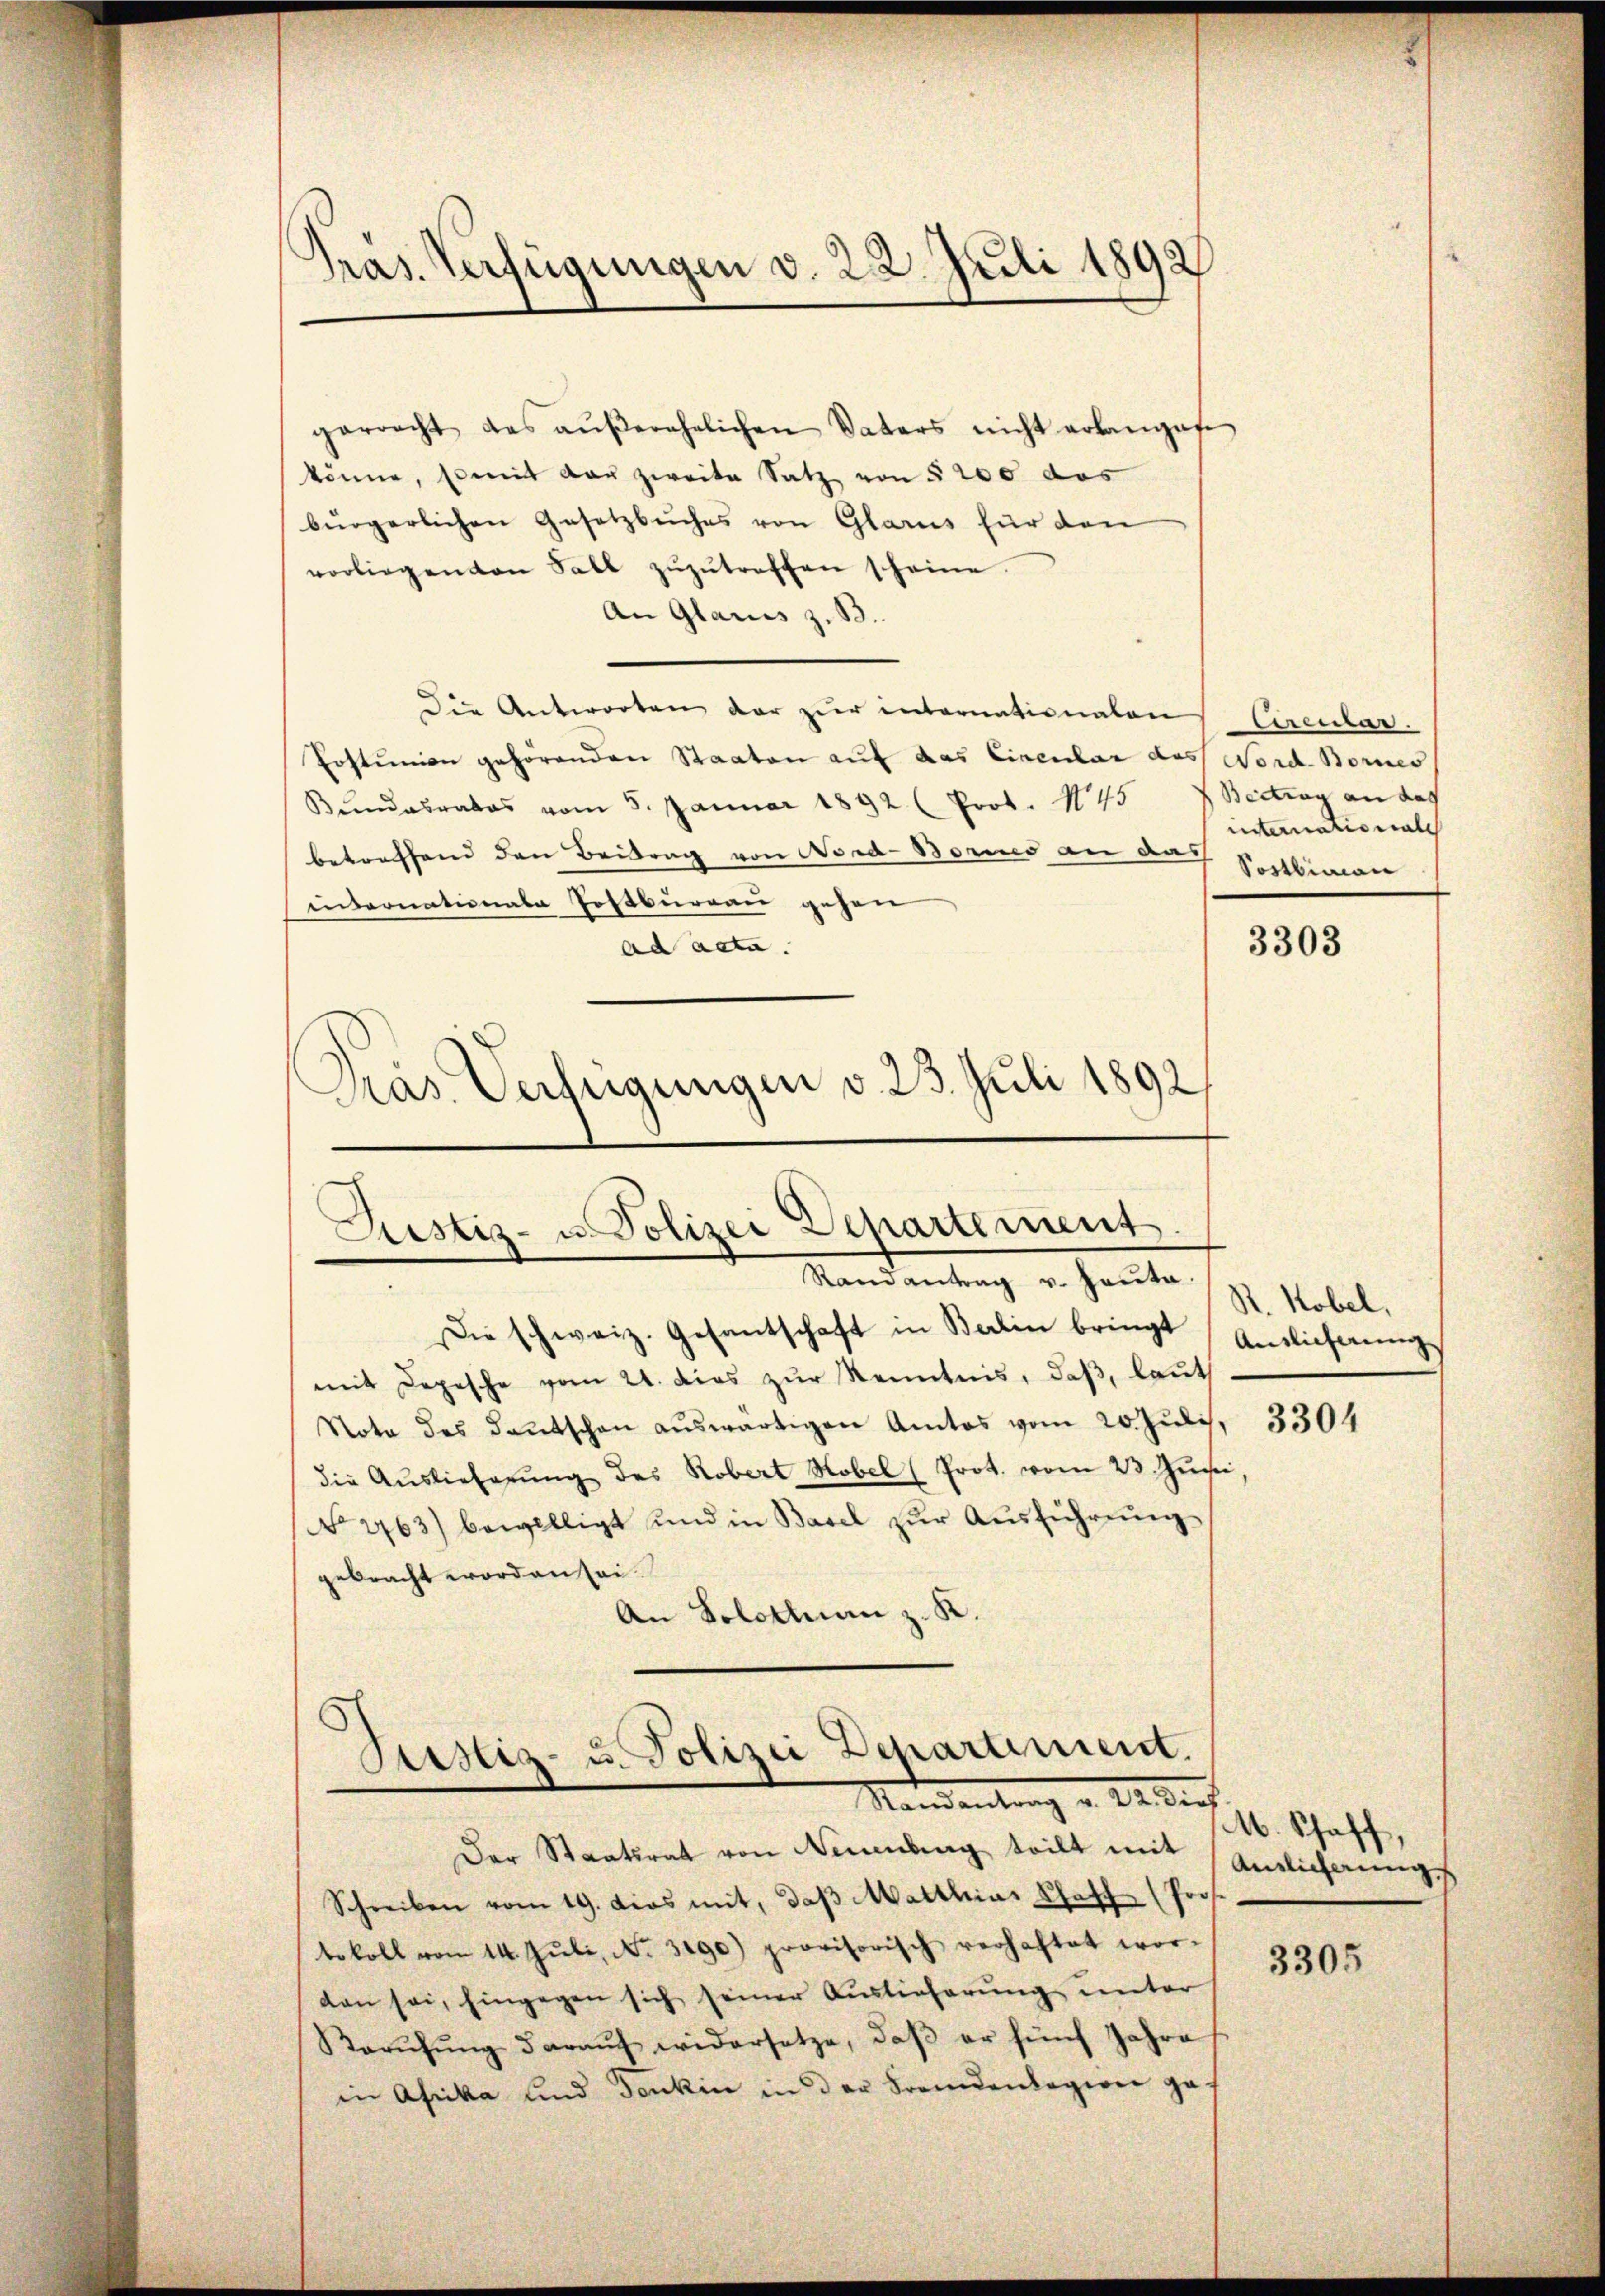
Pras. Verfügungen d. 22. Juli 1892

garracht des aŭβerehelichen Vaters nicht erlangete
könne, so mit dar zweite Satz von § 200 das
bürgerlichen Gesetzbuches von Glarus für den
vorliegenden Fall zŭzŭtreffen scheine.
An Glarus z. B.
Die Antworten der zŭr internationalen Circular-
Postunion gehörenden Staaten auf das Circular das Nord-Bornes
Bŭndesrates vom 5. Januar 1892 (Prot. N. 45
betreffend den Beitrag von Nord-Borio an das
internationale Postburgau gehen
ad acta.
Präs. Verfügungen v. 23. Juli 1892,

Rustiz- u. Polizei Departement
Randantrag v. Hauta.

Die schweiz. Gesantschaft in Berlin bringt (Antlicherunge
mit Depesche vom 21. dies zur Kenntnis, daß, laut
Nota des Deutschen aŭswärtigen Amtos vom 20. Juli, 3304
die Auslieferŭng des Robert Hobel (Prot. vom 23 Juch
No 2763) bewilligt und in Basel zŭr Aŭsführung
gebracht worden sei.
An Solothurn z. K.

¬
Justiz- u. Polizei Departiment.
Namentung u. Jederh

Der Staatsrat von Neuenburg teilt mit
Schreiben vom 19. dies mit, daβ Matthias Chaff (Pro
tokoll von 14. Jŭli, No. 3190) provisorisch verhaftet wor-
dan sei, hingegen sich seiner Auslieferung unter
Barŭfŭng daraŭf widersetze, daβ er fünf Jahre
in Afrika und denken in der Fremdenlagion ges

Beitrag an das
internationale
Sostliman

3303

R. Kobel,

M. Schaff
Ainlicherung

3305